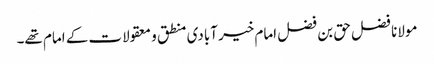
مولانا فضل حق بن فضل امام خیر آبادی منطق و معقولات کے امام تھے۔